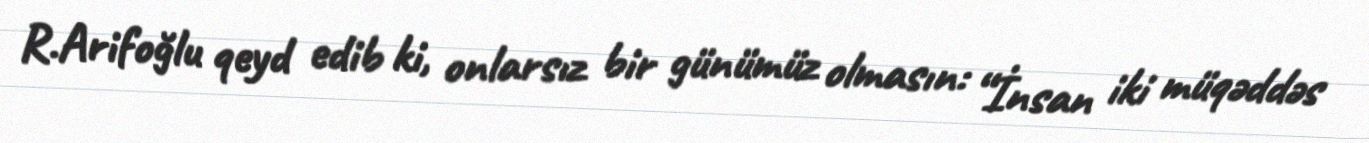
R.Arifoğlu qeyd edib ki, onlarsız bir günümüz olmasın: “İnsan iki müqəddəs